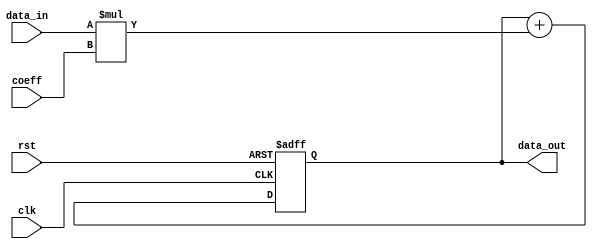
module FIR_filter(
    input clk,
    input rst,
    input signed [15:0] data_in,
    input signed [15:0] coeff,
    output reg signed [15:0] data_out
);

reg [15:0] acc = 16'd0;

always @(posedge clk or posedge rst) begin
    if (rst) begin
        acc <= 16'd0;
    end else begin
        acc <= acc + data_in * coeff;
    end
end

assign data_out = acc;

endmodule